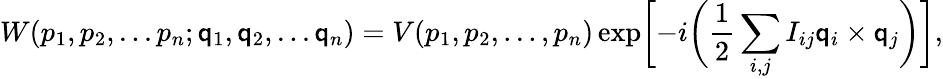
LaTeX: W(p_{1},p_{2},...p_{n};\mathsf{q}_{1},\mathsf{q}_{2},...\mathsf{q}_{n})=V(p_{1},p_{2},...,p_{n})\exp\biggl[-i\biggl(\frac{{1}}{{2}}\sum_{i,j}I_{ij}\mathsf{q}_{i}\times\mathsf{q}_{j}\biggr)\biggr],